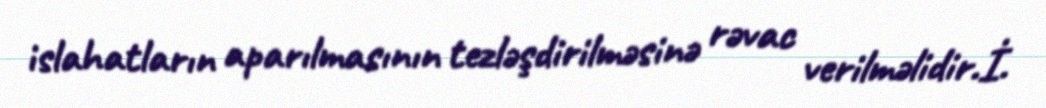
islahatların aparılmasının tezləşdirilməsinə rəvac verilməlidir.İ.